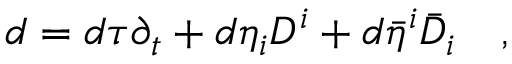
d = d \tau \partial _ { t } + d \eta _ { i } D ^ { i } + d \bar { \eta } ^ { i } \bar { D } _ { i } \quad ,